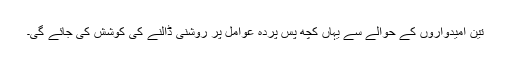
تین امیدواروں کے حوالے سے یہاں کچھ پس پردہ عوامل پر روشنی ڈالنے کی کوشش کی جائے گی۔